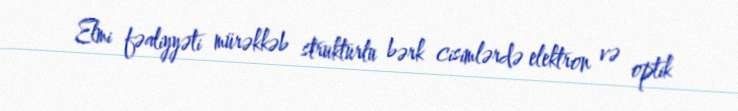
Elmi fəaliyyəti mürəkkəb strukturlu bərk cisimlərdə elektron və optik